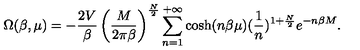
\Omega ( \beta , \mu ) = - { \frac { 2 V } { \beta } } \left( { \frac { M } { 2 \pi \beta } } \right) ^ { \frac { N } { 2 } } \sum _ { n = 1 } ^ { + \infty } \cosh ( n \beta \mu ) ( { \frac { 1 } { n } } ) ^ { 1 + { \frac { N } { 2 } } } e ^ { - n \beta M } .